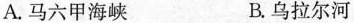
A.马六甲海峡 B.乌拉尔河